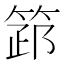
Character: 𥮺